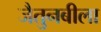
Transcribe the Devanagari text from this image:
जैतुनबीला